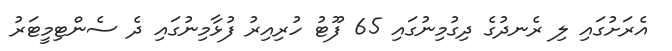
އެރަށުގައި ލި ރެނދުގެ ދިގުމިނުގައި 65 ފޫޓު ހުރިއިރު ފުޅާމިނުގައި ދެ ސެންޓިމީޓަރު